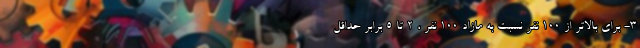
۳- برای بالاتر از ۱۰۰ نفر نسبت به مازاد ۱۰۰ نفر ، ۲ تا ۵ برابر حداقل